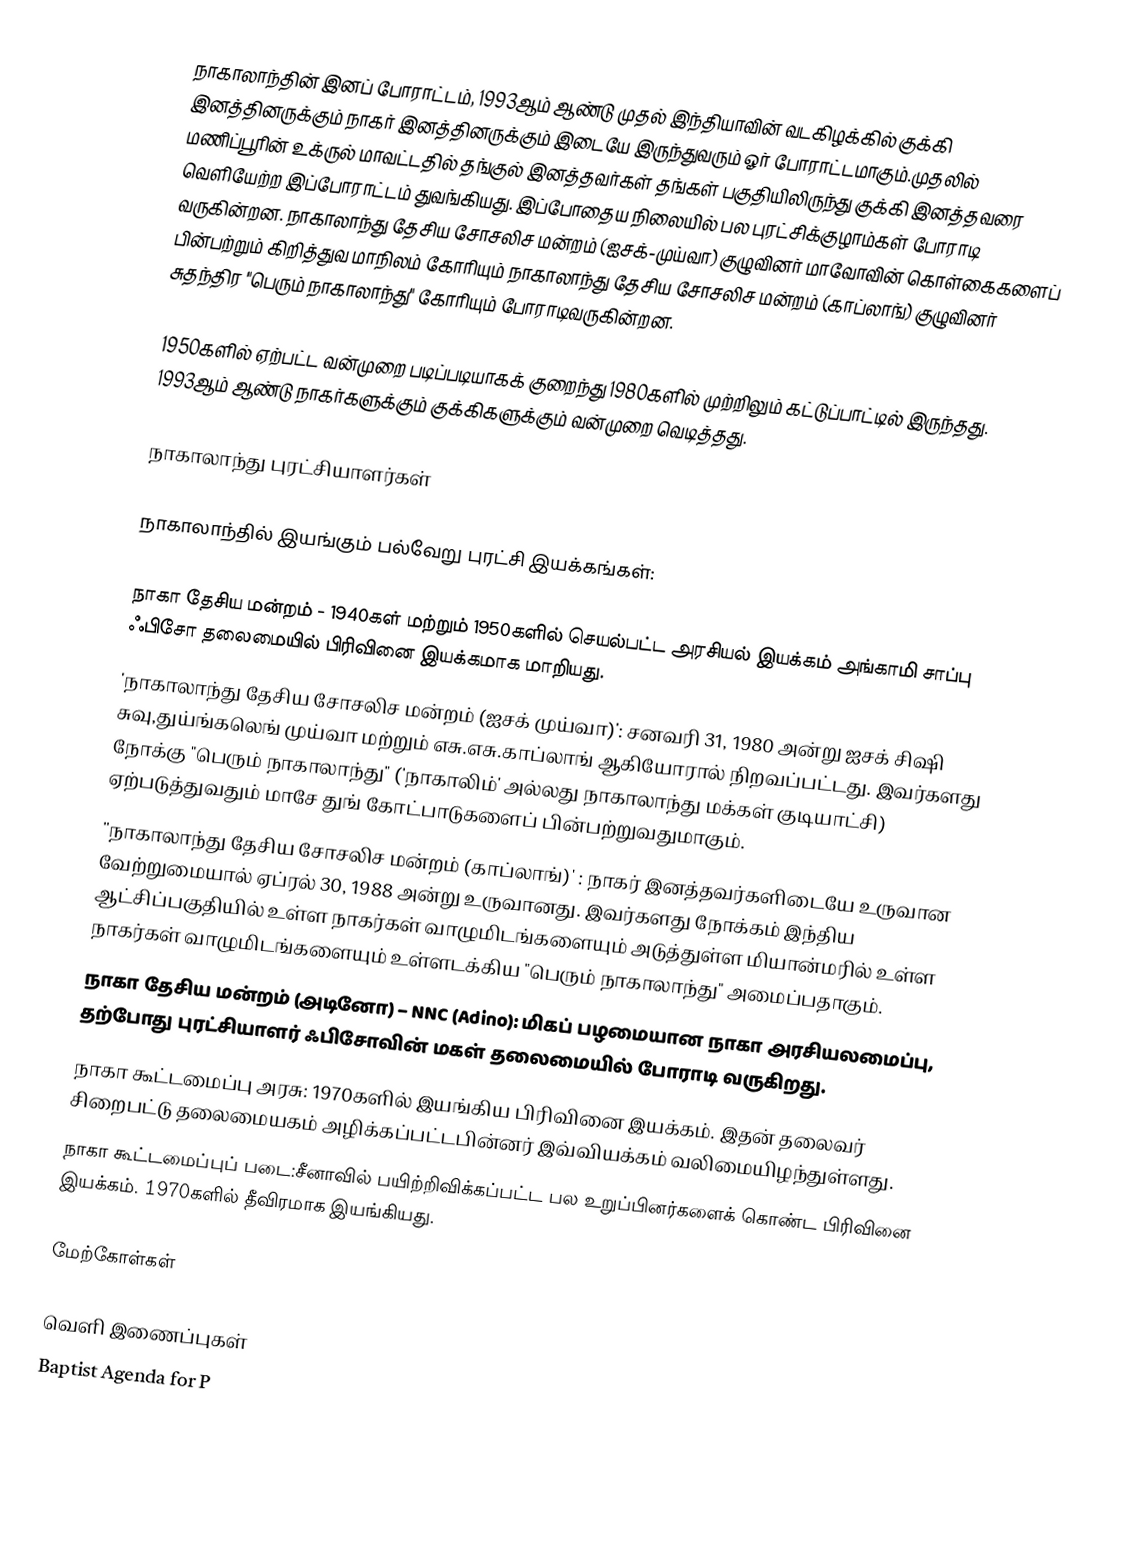
நாகாலாந்தின் இனப் போராட்டம், 1993ஆம் ஆண்டு முதல் இந்தியாவின் வடகிழக்கில் குக்கி இனத்தினருக்கும் நாகர் இனத்தினருக்கும் இடையே இருந்துவரும் ஓர் போராட்டமாகும்.முதலில் மணிப்பூரின் உக்ருல் மாவட்டதில் தங்குல் இனத்தவர்கள் தங்கள் பகுதியிலிருந்து குக்கி இனத்தவரை வெளியேற்ற இப்போராட்டம் துவங்கியது. இப்போதைய நிலையில் பல புரட்சிக்குழாம்கள் போராடி வருகின்றன. நாகாலாந்து தேசிய சோசலிச மன்றம் (ஐசக்-முய்வா) குழுவினர்  மாவோவின் கொள்கைகளைப் பின்பற்றும் கிறித்துவ மாநிலம் கோரியும் நாகாலாந்து  தேசிய சோசலிச மன்றம் (காப்லாங்) குழுவினர்  சுதந்திர "பெரும் நாகாலாந்து" கோரியும் போராடிவருகின்றன.

1950களில் ஏற்பட்ட வன்முறை படிப்படியாகக் குறைந்து 1980களில் முற்றிலும் கட்டுப்பாட்டில் இருந்தது. 1993ஆம் ஆண்டு நாகர்களுக்கும் குக்கிகளுக்கும் வன்முறை வெடித்தது.

நாகாலாந்து புரட்சியாளர்கள்

நாகாலாந்தில் இயங்கும் பல்வேறு புரட்சி இயக்கங்கள்:

 நாகா தேசிய மன்றம் - 1940கள் மற்றும் 1950களில் செயல்பட்ட அரசியல் இயக்கம் அங்காமி சாப்பு ஃபிசோ தலைமையில் பிரிவினை இயக்கமாக மாறியது.
 'நாகாலாந்து தேசிய சோசலிச மன்றம் (ஐசக் முய்வா)': சனவரி 31, 1980 அன்று ஐசக் சிஷி சுவு,துய்ங்கலெங் முய்வா மற்றும் எசு.எசு.காப்லாங் ஆகியோரால் நிறவப்பட்டது. இவர்களது நோக்கு "பெரும் நாகாலாந்து" ('நாகாலிம்' அல்லது நாகாலாந்து மக்கள் குடியாட்சி) ஏற்படுத்துவதும் மாசே துங் கோட்பாடுகளைப் பின்பற்றுவதுமாகும்.
 ''நாகாலாந்து தேசிய சோசலிச மன்றம்  (காப்லாங்)' : நாகர் இனத்தவர்களிடையே உருவான வேற்றுமையால் ஏப்ரல் 30, 1988 அன்று உருவானது.  இவர்களது நோக்கம் இந்திய ஆட்சிப்பகுதியில் உள்ள நாகர்கள் வாழுமிடங்களையும் அடுத்துள்ள மியான்மரில் உள்ள நாகர்கள் வாழுமிடங்களையும் உள்ளடக்கிய "பெரும் நாகாலாந்து" அமைப்பதாகும்.
 நாகா தேசிய மன்றம் (அடினோ) – NNC (Adino): மிகப் பழமையான நாகா அரசியலமைப்பு, தற்போது புரட்சியாளர் ஃபிசோவின் மகள் தலைமையில் போராடி வருகிறது.
 நாகா கூட்டமைப்பு அரசு:  1970களில் இயங்கிய பிரிவினை இயக்கம். இதன் தலைவர் சிறைபட்டு தலைமையகம் அழிக்கப்பட்டபின்னர் இவ்வியக்கம் வலிமையிழந்துள்ளது.
 நாகா கூட்டமைப்புப் படை:சீனாவில் பயிற்றிவிக்கப்பட்ட பல உறுப்பினர்களைக் கொண்ட பிரிவினை இயக்கம். 1970களில் தீவிரமாக இயங்கியது.

மேற்கோள்கள்

வெளி இணைப்புகள்
  Baptist Agenda for P